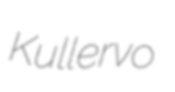
Kullervo